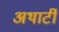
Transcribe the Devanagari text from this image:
अथार्टी